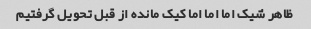
ظاهر شیک اما اما اما کیک مانده از قبل تحویل گرفتیم